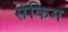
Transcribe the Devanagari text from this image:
सेकिम